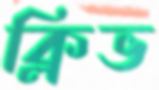
ক্লিভ